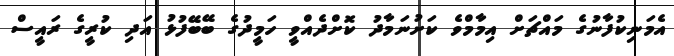
އެމަނިކުފާނުގެ މައްޗަށް އިމާމްވެ ކަށުނަމާދު ކޮށްދެއްވީ ހަމީދުގެ ބޭބޭފުޅު އަދި ކުރީގެ ރައީސް